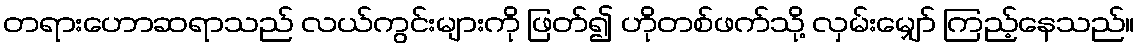
တရားဟောဆရာသည် လယ်ကွင်းများကို ဖြတ်၍ ဟိုတစ်ဖက်သို့ လှမ်းမျှော် ကြည့်နေသည်။